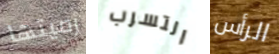
رميتها التسرب الرأس